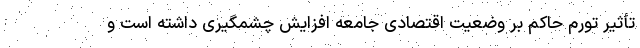
تأثیر تورم حاکم بر وضعیت اقتصادی جامعه افزایش چشمگیری داشته است و